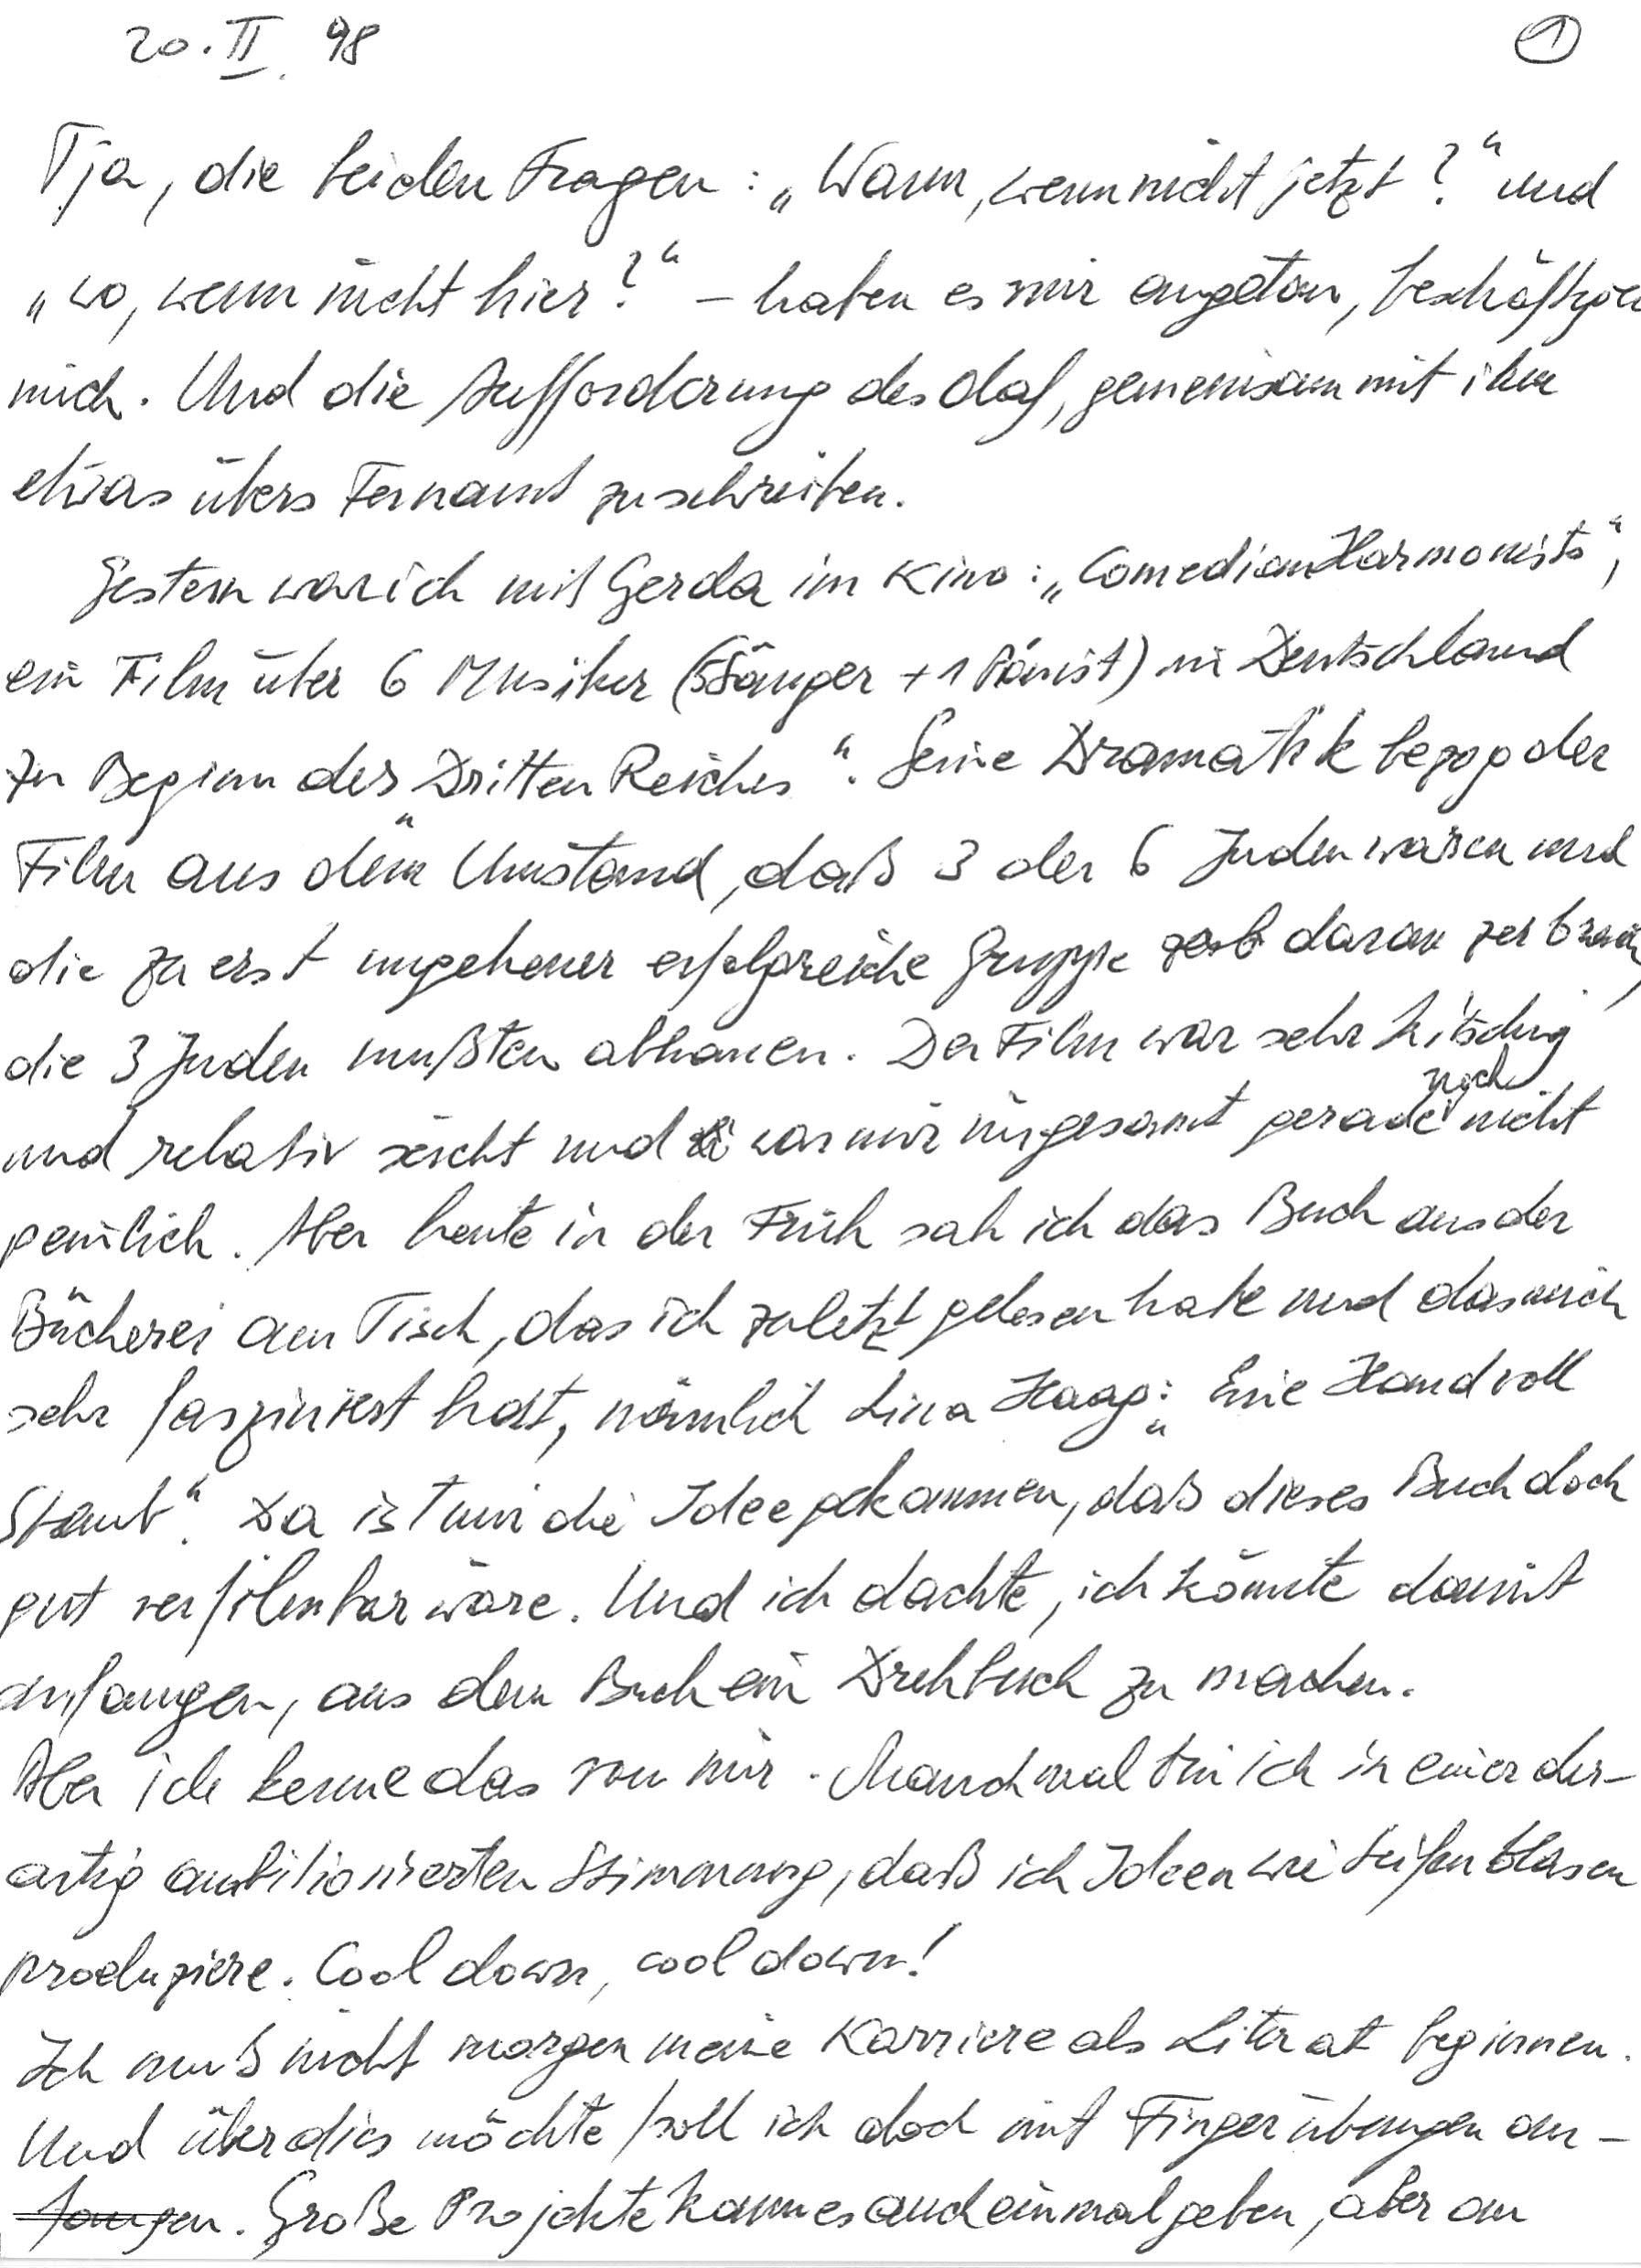
20. II. ‘98
Tja, die beiden Fragen: „Wann, wenn nicht jetzt?“ und
„wo, wenn nicht hier?“ – haben es mir angetan, beschäftigen
mich. Und die Aufforderung des Olaf, gemeinsam mit ihm
etwas übers Fernamt zu schreiben.
Gestern war ich mit Gerda im Kino: „Comedian Harmonists“,
ein Film über 6 Musiker (5 Sänger + 1 Pianist) in Deutschland
zu Beginn des „Dritten Reiches“. Seine Dramatik bezog der
Film aus dem Umstand, daß 3 der 6 Juden waren und
die zuerst ungeheuer erfolgreiche Gruppe daran zerbrach,
die 3 Juden mußten abhauen. Der Film war sehr kitschig
und relativ seicht und war mir insgesamt gerade noch nicht
peinlich. Aber heute in der Früh sah ich das Buch aus der
Bücherei am Tisch, das ich zuletzt gelesen habe und das mich
sehr fasziniert hat, nämlich Lina Haag: „Eine Handvoll
Staub“. Da ist mir die Idee gekommen, daß dieses Buch doch
gut verfilmbar wäre. Und ich dachte, ich könnte damit
anfangen, aus dem Buch ein Drehbuch zu machen.
Aber ich kenne das von mir. Manchmal bin ich in einer der-
artig ambitionierten Stimmung, daß ich Ideen wie Seifenblasen
produziere. Cool down, cool down!
Ich muß nicht morgen meine Karriere als Literat beginnen.
Und überdies möchte/soll ich doch mit Fingerübungen an-
fangen. Große Projekte kann es auch einmal geben, aber an